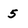
Character: 5